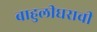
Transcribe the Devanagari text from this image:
बाहुलीघराची